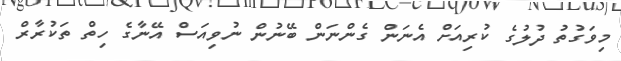
މިވަގުތު ދުލުގެ ކުރިއަށް އެނަން ގެންނަން ބޭނުން ނުވިއަސް އޭނާގެ ހިތް ތަކުރާރް